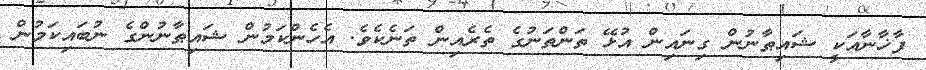
ފާޚާނާއަކީ ޝައިޠާނުން ގިނައިން އުޅޭ ތަންތަނުގެ ތެރެއިން ތަނެކެވެ. އެހެންކަމުން ޝައިޠާނުންގެ ނުބައިކަމުން